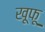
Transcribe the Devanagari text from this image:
खूफू